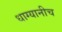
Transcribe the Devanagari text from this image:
धाग्यानीच